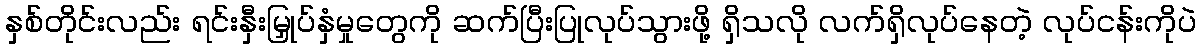
နှစ်တိုင်းလည်း ရင်းနှီးမြှုပ်နှံမှုတွေကို ဆက်ပြီးပြုလုပ်သွားဖို့ ရှိသလို လက်ရှိလုပ်နေတဲ့ လုပ်ငန်းကိုပဲ